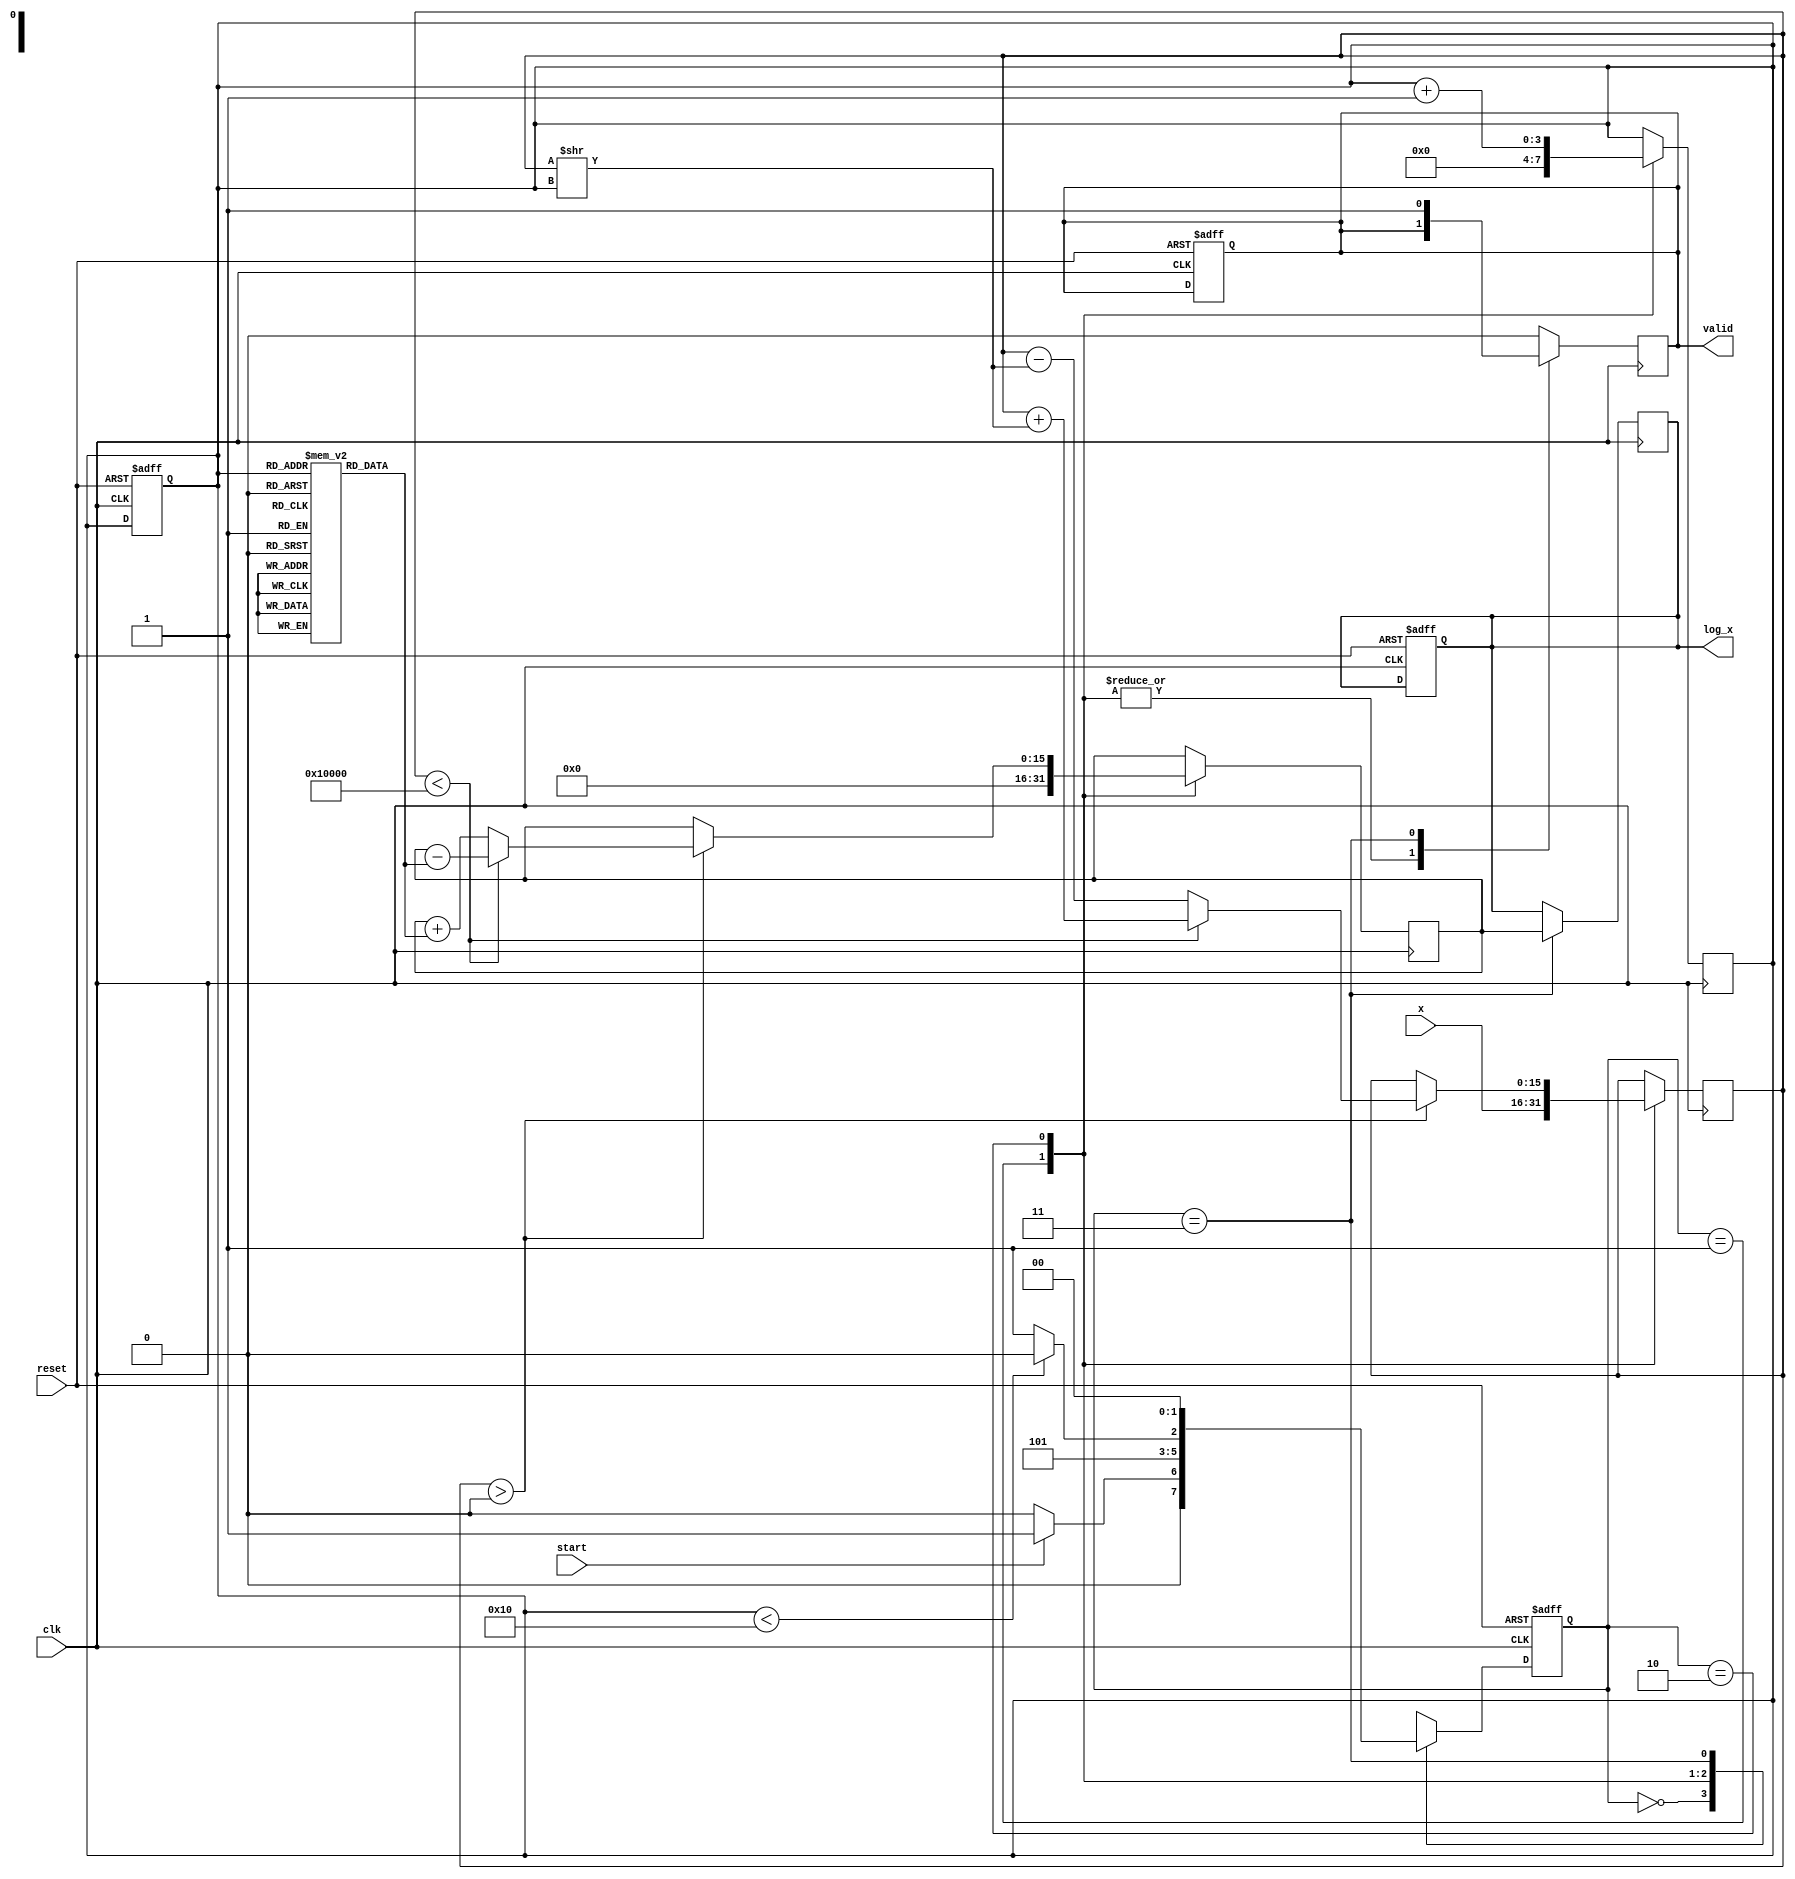
module cordic_logarithm (
    input wire [15:0] x,        // Input value (fixed-point representation)
    input wire clk,             // Clock signal
    input wire reset,           // Asynchronous reset
    input wire start,           // Start signal for computation
    output reg [15:0] log_x,    // Computed logarithm result
    output reg valid            // Output valid signal
);

    // Parameters
    parameter NUM_ITERATIONS = 16; // Number of CORDIC iterations
    parameter FIXED_POINT_SCALE = 16; // Scaling factor for fixed-point representation

    // Internal registers
    reg [15:0] x_reg;            // Input register
    reg [15:0] angle_reg;        // Angle register
    reg [15:0] z_reg;            // Z value for logarithm
    reg [3:0] iteration_count;    // Iteration counter
    reg [1:0] state;             // FSM state
    reg [1:0] next_state;        // Next state for FSM

    // State encoding
    localparam IDLE = 2'b00;
    localparam INIT = 2'b01;
    localparam ITERATE = 2'b10;
    localparam OUTPUT = 2'b11;

    // Arctangent lookup table (fixed-point representation)
    reg [15:0] atan_lut [0:NUM_ITERATIONS-1];
    initial begin
        // Initialize arctangent values (scaled)
        atan_lut[0] = 16'h0000; // atan(0)
        atan_lut[1] = 16'h1C71; // atan(1/2)
        atan_lut[2] = 16'h1A62; // atan(1/4)
        atan_lut[3] = 16'h186A; // atan(1/8)
        // ... Fill in the rest of the LUT values
    end

    // FSM for CORDIC computation
    always @(posedge clk or posedge reset) begin
        if (reset) begin
            state <= IDLE;
            valid <= 0;
            iteration_count <= 0;
            log_x <= 0;
        end else begin
            state <= next_state;
        end
    end

    // State transition logic
    always @(*) begin
        case (state)
            IDLE: begin
                if (start) begin
                    next_state = INIT;
                end else begin
                    next_state = IDLE;
                end
            end
            INIT: begin
                next_state = ITERATE;
            end
            ITERATE: begin
                if (iteration_count < NUM_ITERATIONS) begin
                    next_state = ITERATE;
                end else begin
                    next_state = OUTPUT;
                end
            end
            OUTPUT: begin
                next_state = IDLE;
            end
            default: next_state = IDLE;
        endcase
    end

    // CORDIC computation logic
    always @(posedge clk) begin
        case (state)
            INIT: begin
                x_reg <= x; // Load input value
                angle_reg <= 0; // Initialize angle
                z_reg <= 0; // Initialize z value
                iteration_count <= 0; // Reset iteration counter
            end
            ITERATE: begin
                // CORDIC rotation logic for logarithm
                if (x_reg > 0) begin
                    if (x_reg < (1 << FIXED_POINT_SCALE)) begin
                        x_reg <= x_reg + (x_reg >> iteration_count);
                        z_reg <= z_reg - atan_lut[iteration_count];
                    end else begin
                        x_reg <= x_reg - (x_reg >> iteration_count);
                        z_reg <= z_reg + atan_lut[iteration_count];
                    end
                end
                iteration_count <= iteration_count + 1; // Increment iteration count
            end
            OUTPUT: begin
                log_x <= z_reg; // Output the computed logarithm
                valid <= 1; // Signal that output is valid
            end
            default: begin
                valid <= 0; // Default case
            end
        endcase
    end

endmodule